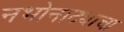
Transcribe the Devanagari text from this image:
नभोनाट्याचा